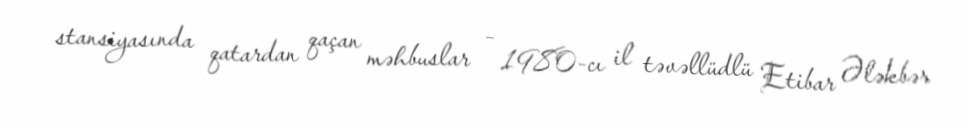
stansiyasında qatardan qaçan məhbuslar – 1980-cı il təvəllüdlü Etibar Ələkbər